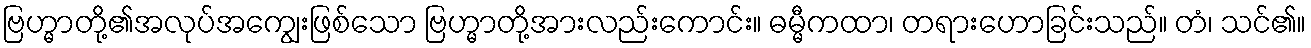
ဗြဟ္မာတို့၏အလုပ်အကျွေးဖြစ်သော ဗြဟ္မာတို့အားလည်းကောင်း။ ဓမ္မီကထာ၊ တရားဟောခြင်းသည်။ တံ၊ သင်၏။